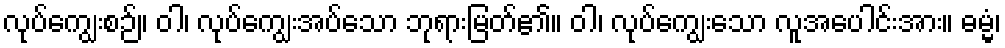
လုပ်ကျွေးစဉ်။ ဝါ၊ လုပ်ကျွေးအပ်သော ဘုရားမြတ်၏။ ဝါ၊ လုပ်ကျွေးသော လူအပေါင်းအား။ ဓမ္မံ၊